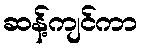
ဆန့်ကျင်ကာ